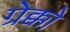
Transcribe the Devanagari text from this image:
ग्रेक्को